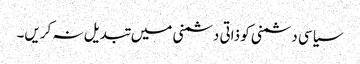
سیاسی دشمنی کو ذاتی دشمنی میں تبدیل نہ کریں۔